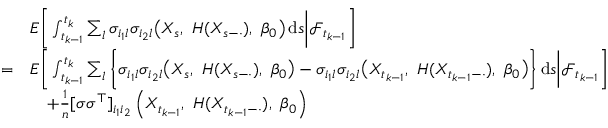
\begin{array} { r l } & { E \bigg [ \int _ { t _ { k - 1 } } ^ { t _ { k } } \sum _ { l } \sigma _ { i _ { 1 } l } \sigma _ { i _ { 2 } l } \bigl ( X _ { s } , ~ H ( X _ { s - \cdot } ) , ~ \beta _ { 0 } \bigr ) \, \mathrm { d } s \bigg | \mathcal { F } _ { t _ { k - 1 } } \bigg ] } \\ { = } & { E \bigg [ \int _ { t _ { k - 1 } } ^ { t _ { k } } \sum _ { l } \bigg \{ \sigma _ { i _ { 1 } l } \sigma _ { i _ { 2 } l } \bigl ( X _ { s } , ~ H ( X _ { s - \cdot } ) , ~ \beta _ { 0 } \bigr ) - \sigma _ { i _ { 1 } l } \sigma _ { i _ { 2 } l } \bigl ( X _ { t _ { k - 1 } } , ~ H ( X _ { t _ { k - 1 } - \cdot } ) , ~ \beta _ { 0 } \bigr ) \bigg \} \, \mathrm { d } s \bigg | \mathcal { F } _ { t _ { k - 1 } } \bigg ] } \\ & { \quad + \frac { 1 } { n } [ \sigma \sigma ^ { \top } ] _ { i _ { 1 } i _ { 2 } } \left( X _ { t _ { k - 1 } } , ~ H ( X _ { t _ { k - 1 } - \cdot } ) , ~ \beta _ { 0 } \right) } \end{array}